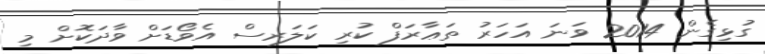
ގުޅިގެން 2014 ވަނަ އަހަރު ތަޢާރަފް ކުރި ކަލަރސް އެވޯޑަށް ވާދަކޮށް މި